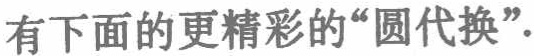
有下面的更精彩的“圆代换”.